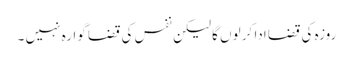
روزہ کی قضا ادا کر لوں گا لیکن نفس کی قضا گوارہ نہیں ۔